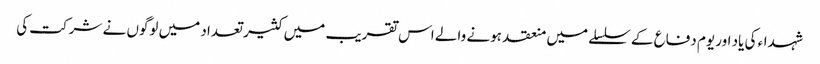
شہداء کی یاد اور یوم دفاع کے سلسلے میں منعقد ہونے والے اس تقریب میں کثیر تعداد میں لوگوں نے شرکت کی